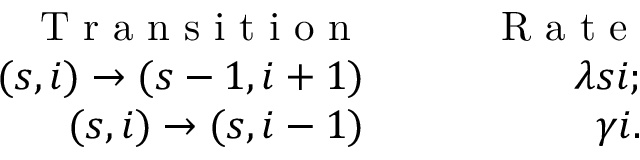
\begin{array} { r l r } { \mathrm { ~ T ~ r ~ a ~ n ~ s ~ i ~ t ~ i ~ o ~ n ~ } } & { { } \quad } & { \mathrm { ~ R ~ a ~ t ~ e ~ } } \\ { ( s , i ) \to ( s - 1 , i + 1 ) } & { { } \quad } & { \lambda s i ; } \\ { ( s , i ) \to ( s , i - 1 ) } & { { } \quad } & { \gamma i . } \end{array}